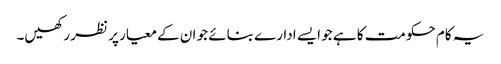
یہ کام حکومت کا ہے جو ایسے ادارے بنائے جو ان کے معیار پر نظر رکھیں۔